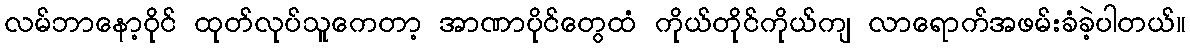
လမ်ဘာနော့ဝိုင် ထုတ်လုပ်သူကေတာ့ အာဏာပိုင်တွေထံ ကိုယ်တိုင်ကိုယ်ကျ လာရောက်အဖမ်းခံခဲ့ပါတယ်။